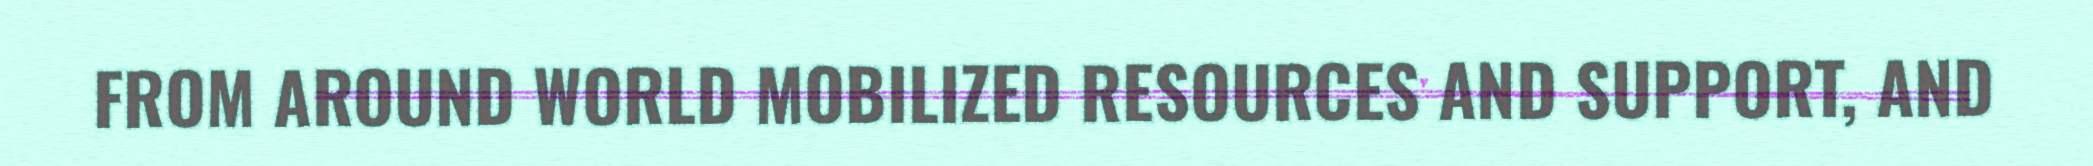
FROM AROUND WORLD MOBILIZED RESOURCES AND SUPPORT, AND